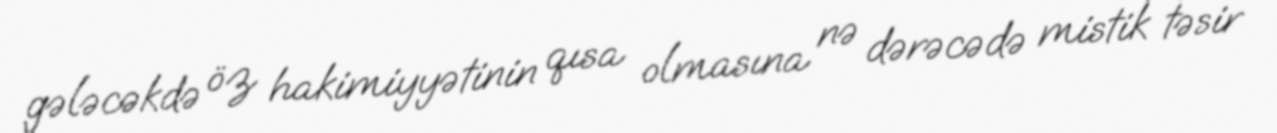
gələcəkdə öz hakimiyyətinin qısa olmasına nə dərəcədə mistik təsir